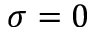
\sigma = 0